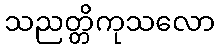
သညတ္တိကုသလော